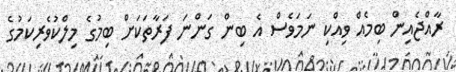
ރާއްޖެއިން ބިމެއް ވިއްކި ނަމަވެސް އެ ބިން ގަންނަ ފަރާތަކަށް ބިމުގެ މިލްކުވެރިކަމުގެ